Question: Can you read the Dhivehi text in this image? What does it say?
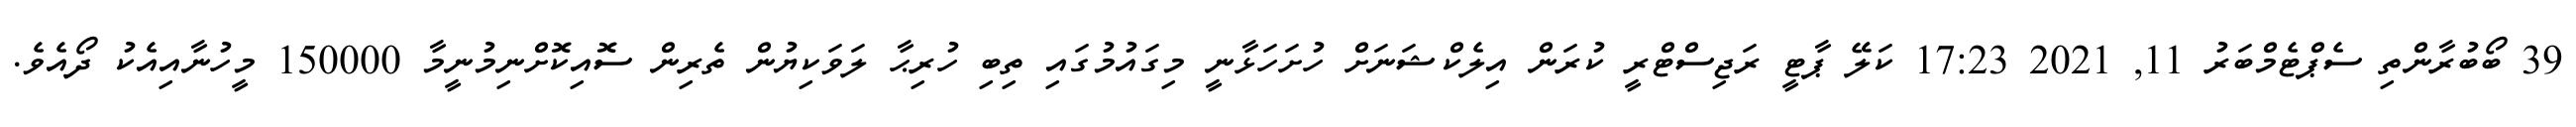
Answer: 39 ބޯބުރާންތި ސެޕްޓެމްބަރު 11, 2021 17:23 ކަލޭ ޕާޓީ ރަޖިސްޓްރީ ކުރަން އިލެކްޝަނަށް ހުށަހަޅާނީ މިގައުމުގައި ތިބި ހުރިޙާ ލަވަކިޔުން ތެރިން ސޮއިކޮށްނިމުނީމާ 150000 މީހުނާއިއެކު ދޯއެވެ.